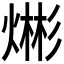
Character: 𪹡